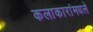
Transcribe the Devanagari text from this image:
कलाकारांमधले